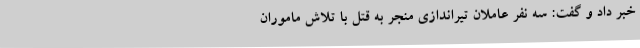
خبر داد و گفت: سه نفر عاملان تیراندازی منجر به قتل با تلاش ماموران